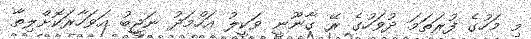
މި މަހުގެ ފުރަތަމަ ދުވަހުގެ ރޭ ގާނޫނީ ވަކީލު އަހްމަދު ނަޖީބު އަވަހާރަކޮށްލިތާ